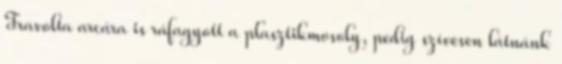
Travolta arcára is ráfagyott a plasztikmosoly, pedig szívesen látnánk